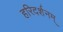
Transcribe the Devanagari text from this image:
हरिदर्शनम्